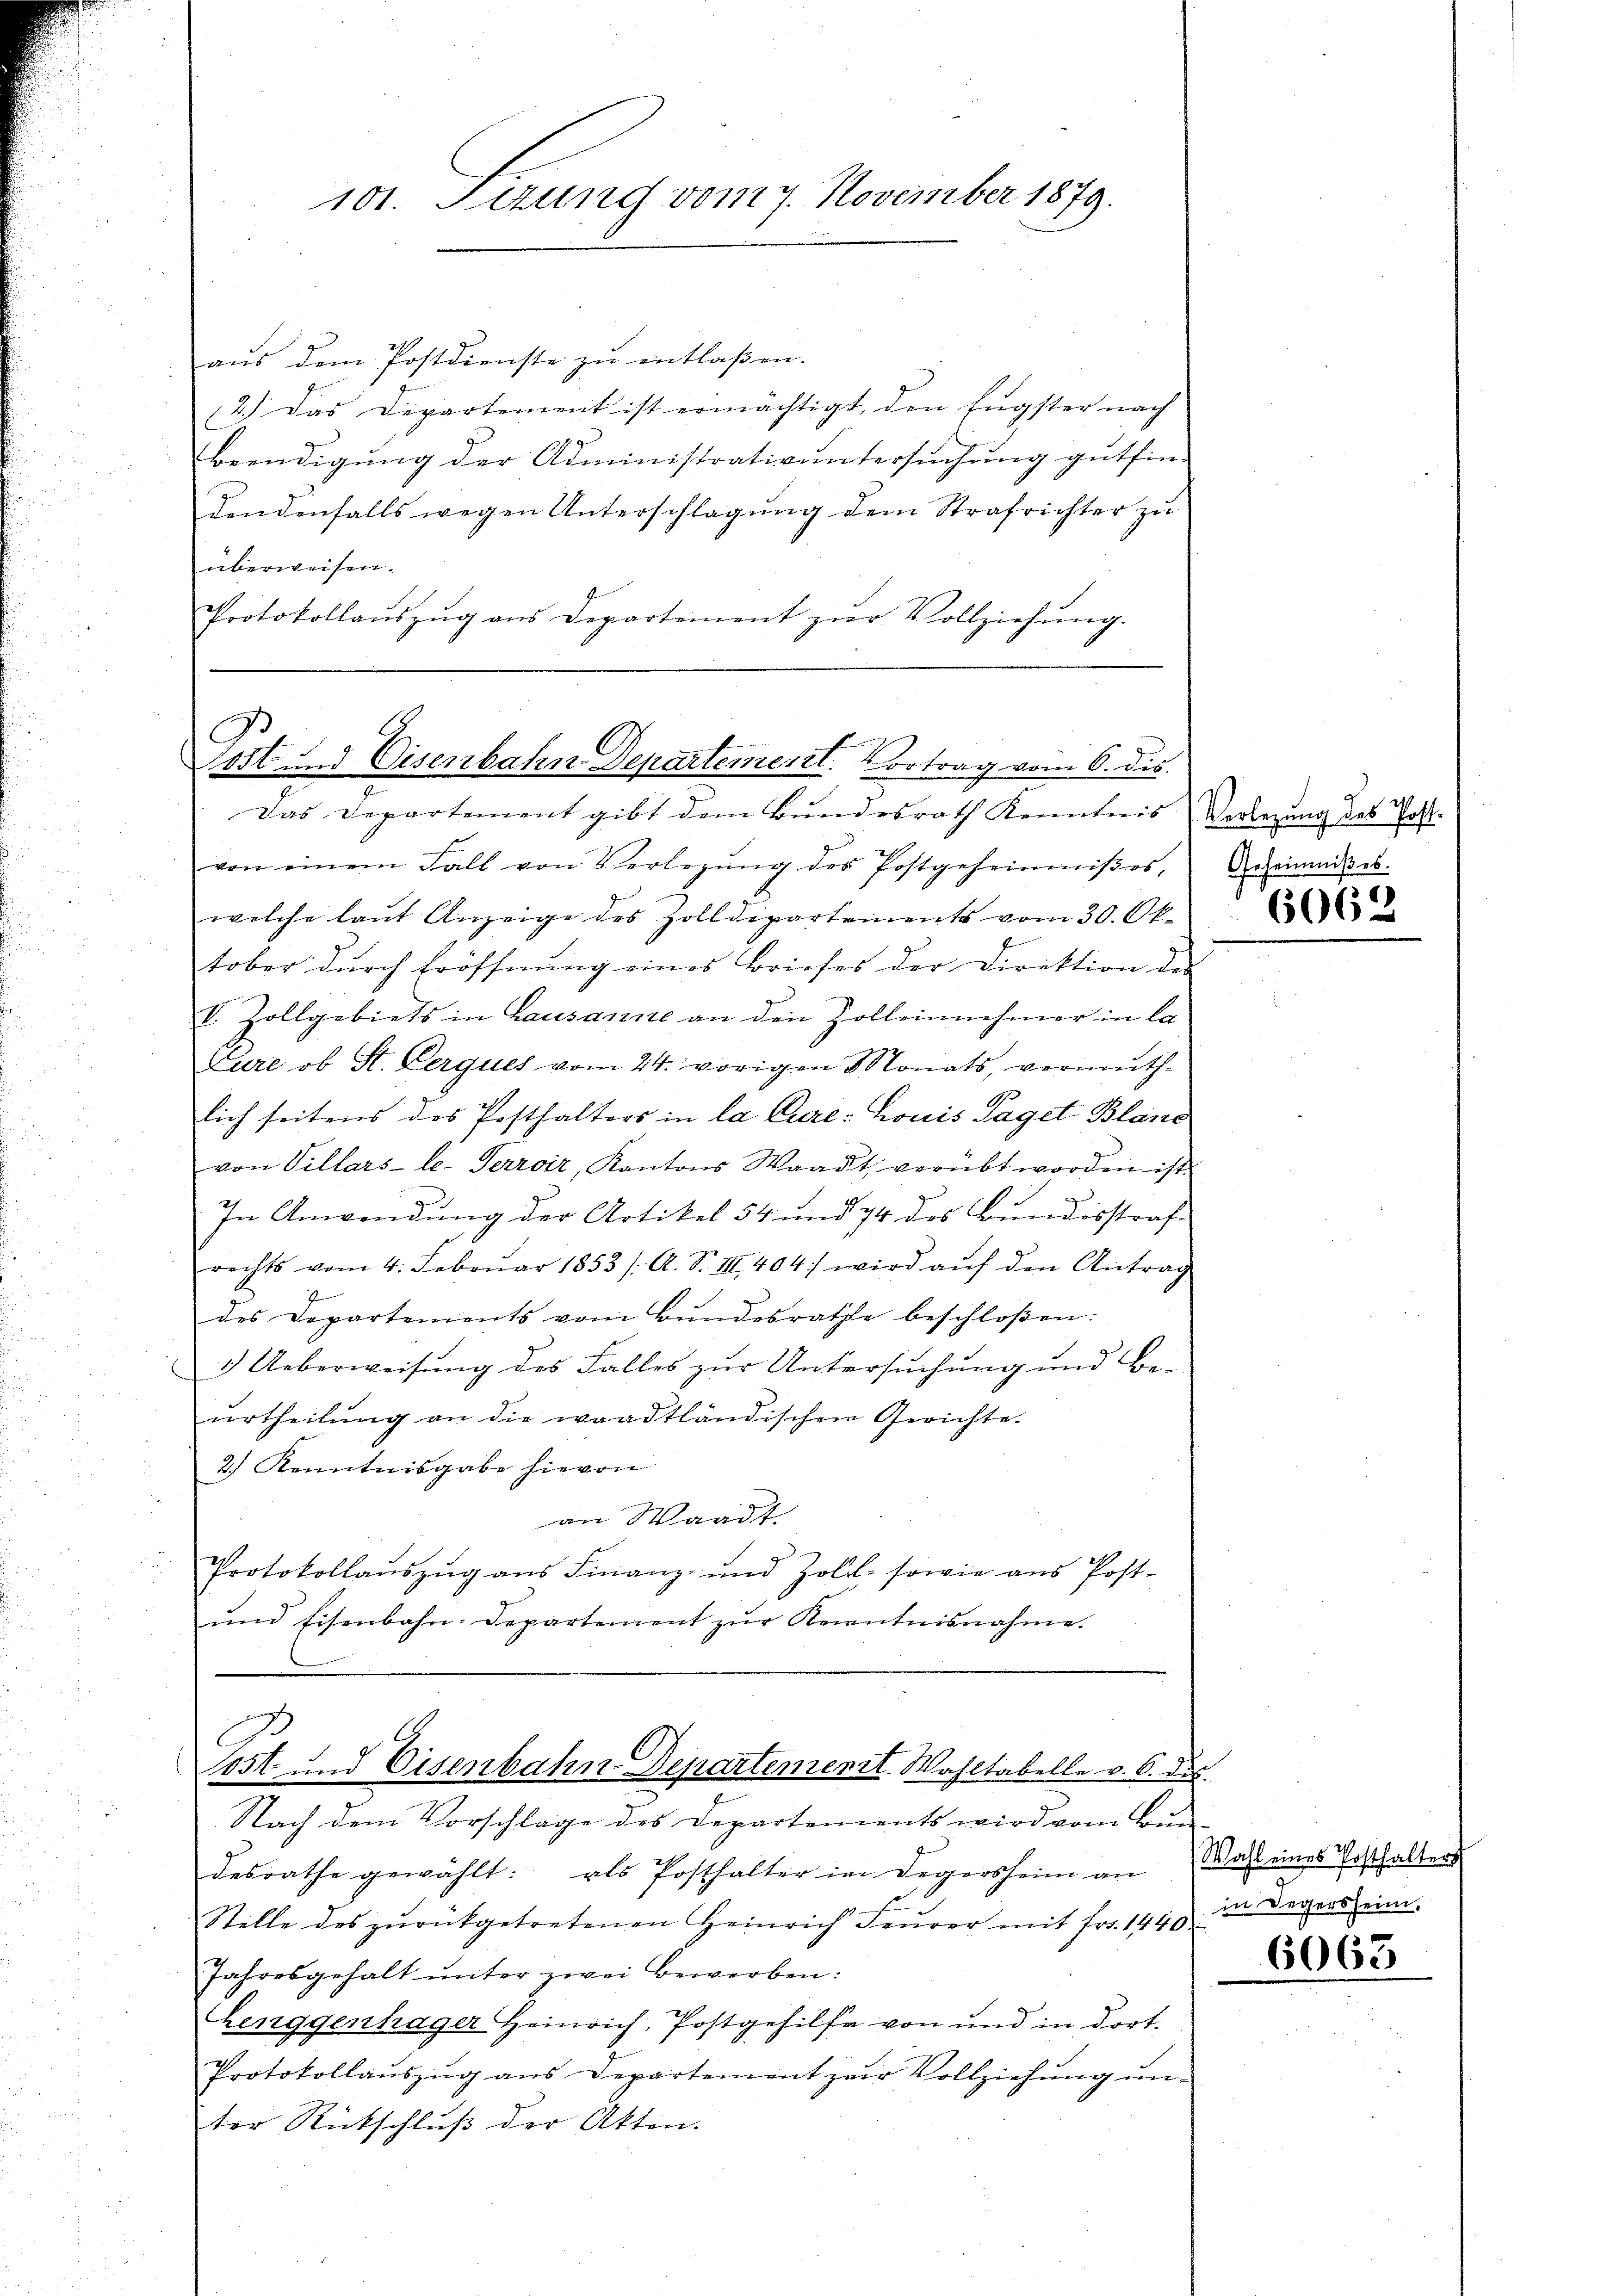
101. Serung vom 7. November 1879.

aus dem Postdienste zu entlaßen.
2.) Das Departement ist ermächtigt, den Eugster nach
Beendigung der Administrativuntersuchung gutfin-
dendenfalls wegen Unterschlagung dem Strafrichter zu
überweisen.
Protokollaŭszŭg ans Departement zŭr Vollziehŭng.

A
ost und Eisenbahn Departement. Vortrag vom 6. dis.
Das Departement gibt dem Bundesrath Kenntnis Verlegung des Zahl-

von einem Fall von Verlegŭng des Postgeheimniβes, Geheimnis es.
welche laŭt Anzeige des Zolldepartements vom 30. Ok-
tober dŭrch Eröffnŭng eines Briefes der Direktion des
E. Zollgebiets in Lausanne an den Zolleinnehmer in la
Eure ob St. Lerques vom 24. vorigen Monats, vermuth-
lich seitens des Posthalters in la Cure: Louis Paget-Bland
von Villars-le-Terroir, Kantons Waadt, verübt worden ist
In Anwendung der Artikel 54 und 74 des Bundesstraf
rechts vom 4. Febrŭar 1853 /: A. S. III 404) wird aŭf den Antrag
des Departements vom Bŭndesrathe beschloßen:
1.) Ueberweisung des Falles zur Untersuchung und Be-
ŭrtheilŭng an die waadtländischen Gerichte.
2.) Kenntnisgabe hievon
an Waadt.
Protokollauszug aus Finanz- und Zoll- sowie aus Post¬
und Eisenbahn-Departement zur Kenntnisnahme.

A
tost und Eisenbahn Departement. Wahltabelle v. 6. des
Nach dem Vorschläge des Departements wird vom Bun

desrathe gewählt: als Posthalter im Degersheim an dass eines Posthalters
Stelle des zŭrückgetretenen Heinrich Feŭrer mit fr. 144 in Degers eine
Jahresgehalt unter zwei Bewerben:
Henggenhäger Heinrich, Postgehilfe von und in dort.
Protokollaŭszŭg ans Departement zŭr Vollziehŭng ŭn-
ter Rückschluß der Akten.

6062

6063